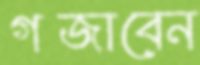
গজাবেন